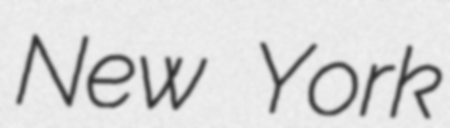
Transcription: New York